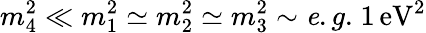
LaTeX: m_{4}^{2}\ll m_{1}^{2}\simeq m_{2}^{2}\simeq m_{3}^{2}\sim{\mathit e.g.}\; 1\, \mathrm{eV}^{2}